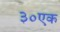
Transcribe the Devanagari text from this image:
३०एक